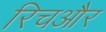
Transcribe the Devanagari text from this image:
रिचऔर